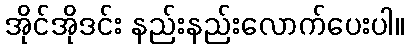
အိုင်အိုဒင်း နည်းနည်းလောက်ပေးပါ။